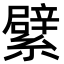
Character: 繴